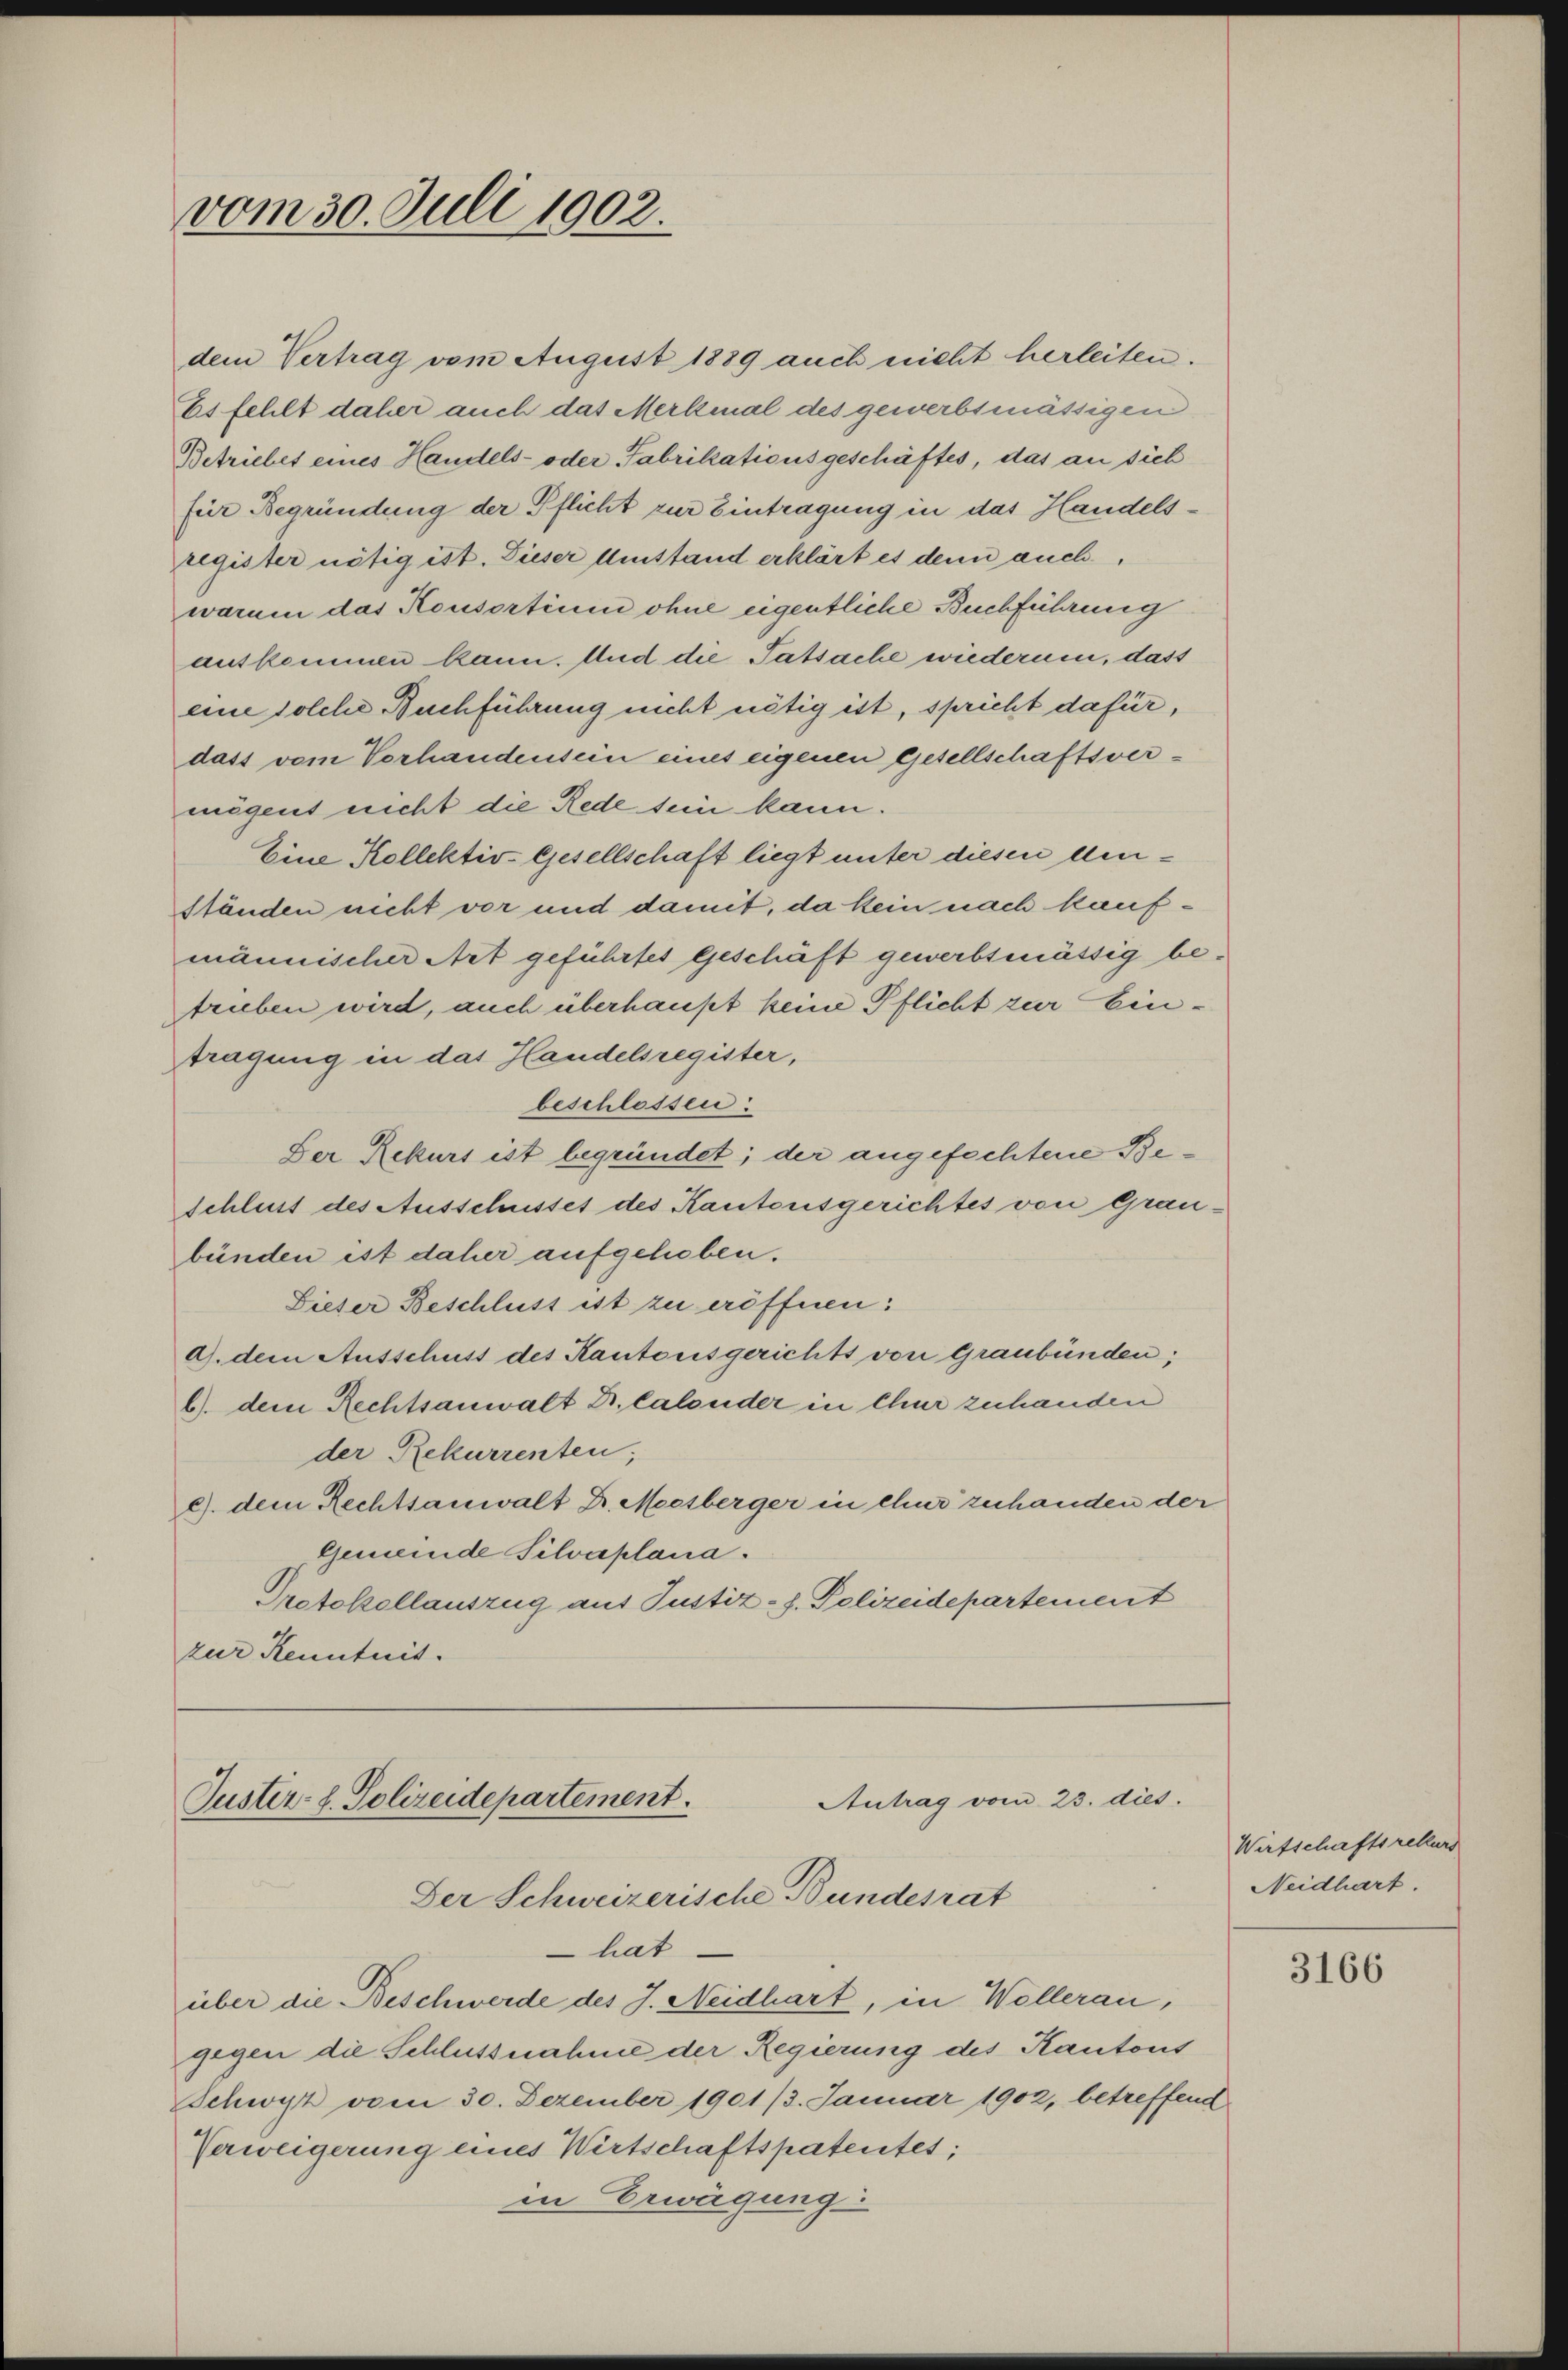
vom 30. Juli 1902.

dem Vertrag vom August 1889 auch nicht herleiten.
Es fehlt daher auch das Merkmal des gewerbsmässigen
Betriebet eines Handels- oder Fabrikationsgeschäftes, das an sich
für Begründung der Pflicht zur Eintragung in das Handelsregister nötig ist. Dieser Umstand erklärt es denn auch,
warum das Konsortium ohne eigentliche Buchführung
auskommen kann. Und die Tatsache wiederum, dass
eine solche Buchführung nicht nötig ist, spricht dafür,
dass vom Vorhandensein eines eigenen Gesellschaftsvermögens nicht die Rede sein kann.
Eine Kollektive Gesellschaft liegt unter diesen denständen nicht vor und damit, da kein nach kaufmännischer Art geführtes geschäft gewerbsmässig betrieben wird, auch überhaupt keine Pflicht zur Eintragung in das Handelsregister,
beschlossen:
Der Rekurs ist begründet; der angefochtene Be¬
Schluss des Ausschustet des Kantonsgerichtes von Graubünden ist daher aufgehoben.
Lieser Beschluss ist zu eröffnen:
a. dem Ausschuss des Kantonsgerichts von Graubünden;
6) dem Rechtsanwalt Dr. Calonder in Chur zuhanden
der Rekurrenten,
c. dem Rechtsanwalt Dr. Moesberger in chur zuhanden der
Gemeinde Silvaplana.
Protokollauszug aus Justiz-J. Polizeidepartement
zur Kenntnis.

Antrag vom 23. dies.
Guster L. Polizeidepartement.
Der Schweizerische Bundesrat
hat

über die Beschwerde des J. Neidhart, in Wollerau,
gegen die Schlussnahme der Regierung des Kantons
Schwyz vom 30. Dezember 1901/3. Januar 1902, betreffend
Verweigerung eines Wirtschaftspatentes;
in Erwägung

Wirtschaftsrekurs
Neidhart.

3166